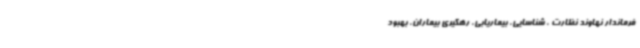
فرماندار نهاوند نظارت ، شناسایی، بیماریابی، رهگیری بیماران، بهبود